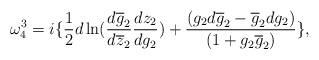
LaTeX: \begin{align*}\omega^{3}_{4} = i \{ \frac{1}{2}d\ln (\frac{d\overline{g}_{2}}{d\overline{z}_{2}}\frac {dz_{2}}{dg_{2}}) + \frac {(g_{2}d\overline{g}_{2}- \overline{g}_{2}dg_{2})}{(1+ g_{2}\overline{g}_{2})} \},\end{align*}